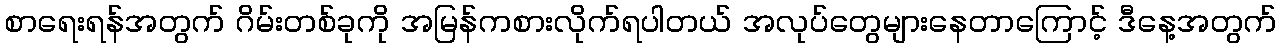
စာရေးရန်အတွက် ဂိမ်းတစ်ခုကို အမြန်ကစားလိုက်ရပါတယ် အလုပ်တွေများနေတာကြောင့် ဒီနေ့အတွက်